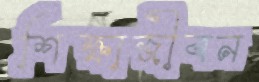
শিক্ষাজীবন